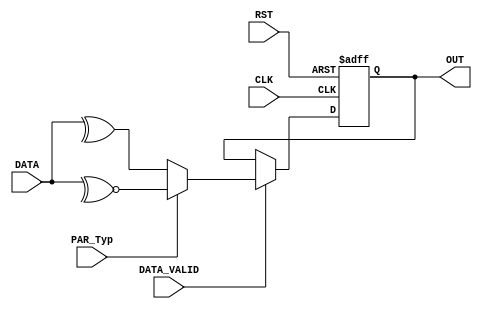
module Parity_calc (
  input wire DATA_VALID,
  input wire CLK,
  input wire [7:0] DATA,
  input wire PAR_Typ,
  input wire RST,
  output reg OUT
  );
 
  
  always @ (posedge CLK or negedge RST)
  begin
    if(!RST)
      OUT<='b0;
    else
      begin
       if(DATA_VALID)
      if(!PAR_Typ)
        begin
          OUT <= ^DATA;
        end
      else
        OUT <= ~^DATA;
      end
  end
  
endmodule